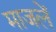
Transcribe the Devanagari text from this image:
माजलें